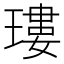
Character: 㻲